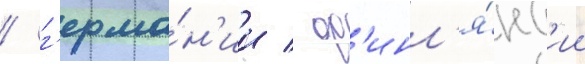
/ г'ерма́н'ии / ф'инл'я́нд'ии